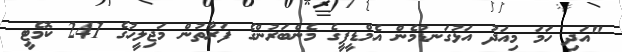
"އަދި ހަމަ މިއަދު އަޅުގަނޑުމެން އެމްޑީޕީގެ މެންބަރުންގެ ފަރާތުން މަޖިލީހުގެ 241 ކޮމެޓީ